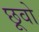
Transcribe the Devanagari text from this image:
छूवो